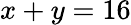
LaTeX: x+y=16